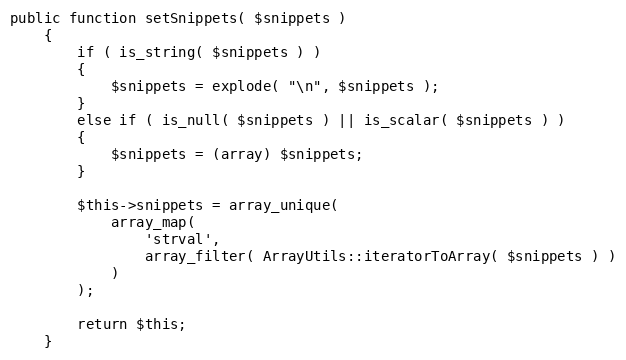
Language: PHP
public function setSnippets( $snippets )
    {
        if ( is_string( $snippets ) )
        {
            $snippets = explode( "\n", $snippets );
        }
        else if ( is_null( $snippets ) || is_scalar( $snippets ) )
        {
            $snippets = (array) $snippets;
        }

        $this->snippets = array_unique(
            array_map(
                'strval',
                array_filter( ArrayUtils::iteratorToArray( $snippets ) )
            )
        );

        return $this;
    }